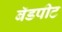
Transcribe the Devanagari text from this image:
बॅडपीट